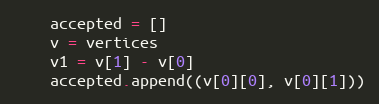
Language: Python
    accepted = []
    v = vertices
    v1 = v[1] - v[0]
    accepted.append((v[0][0], v[0][1]))